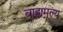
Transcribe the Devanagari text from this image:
बाह्यमूल्य